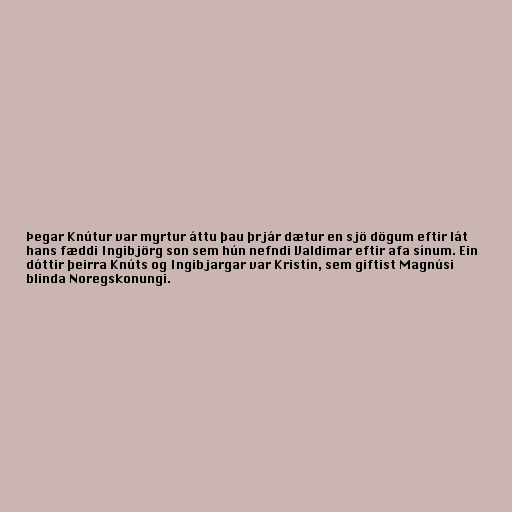
Þegar Knútur var myrtur áttu þau þrjár dætur en sjö dögum eftir lát
hans fæddi Ingibjörg son sem hún nefndi Valdimar eftir afa sínum. Ein
dóttir þeirra Knúts og Ingibjargar var Kristín, sem giftist Magnúsi
blinda Noregskonungi.